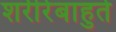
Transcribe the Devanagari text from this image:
शरीरेबाहुते